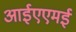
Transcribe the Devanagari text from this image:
आईएएमई